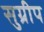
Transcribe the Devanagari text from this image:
सुग्रीप